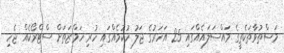
މަސްތުވާތަކެތީގެ މައްސަލައެއްގައި 25 އަހަރުގެ ޖަލު ހުކުމެއްގައި ހުރި ހަމްޒަތަށް ސްޓްރޯކެއް ޖެހި